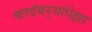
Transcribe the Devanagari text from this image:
कादंबर्‍यांपेक्षा